system: You are a helpful assistant.
user:
Analyze the provided spectrum to determine if it is a **S-type Star**.

- **Key Indicators for S-type Star:**

    - **(Overall Spectrum Shape):** The first and most obvious characteristic is the overall continuum (the "baseline" shape). It is **extremely "red-sloping,"** meaning the flux (light intensity) is very low on the left side (blue, ~4000-4500 Å) and rises steeply and continuously toward the right side (red, ~7000 Å+).

    - **(Primary):** The spectrum is defined by the presence of strong, broad molecular absorption "valleys" (bands) from **Zirconium Oxide (ZrO)**. The identification of these bands is the **primary requirement** for classifying a star as S-type.
        - **(Key Bandheads):** You must find distinct, deep "dips" where the light has been absorbed. The most critical band systems to locate are:
            - **~6474 Å** ($\gamma$-system): This is often the strongest and clearest ZrO feature, found in the red part of the spectrum.
            - **~5718 Å** & **~5551 Å** ($\beta$-system): A pair of prominent absorption features in the yellow-orange part of the spectrum.
            - **~4640 Å** ($\alpha$-system): A key absorption band system in the blue-green region of the spectrum.

    - **(Secondary Confirmation):** The classification is strengthened by finding additional absorption bands from other related heavy element oxides, which are expected to be present alongside ZrO.
        - **(Key Bandheads):**
            - **Yttrium Oxide (YO):** Look for absorption dips near **~4800 Å** and **~6100 Å**.
            - **Lanthanum Oxide (LaO):** Additional absorption features, particularly in the red-orange part of the spectrum, are also characteristic.

    - **(Line Profile):** The combination of the steep red continuum and these numerous, deep molecular bands (ZrO, YO, etc.) gives the entire spectrum a very **"chopped-up"** or **"bumpy"** appearance. Instead of a smooth curve, the spectrum looks as though large, wide chunks of light have been "carved out" of it at the specific wavelengths listed above.

Think first, call **spectral_visualization_tool** if needed to examine features in detail, then provide your final answer. Your response must adhere to the following strict rules:
1.  **Overall Structure:** Your response must follow the format `<think>...</think> <tool_call>...</tool_call> (if a tool is used) <answer>...</answer>`.
2.  **Tool Usage Constraint:** You may only make **one** tool call per turn.
3.  **Final Answer Format:** In the `<answer>` tag, your conclusion must be inside a `\boxed{}` command (e.g., `\boxed{YES}` or `\boxed{NO}`), followed by your justification.

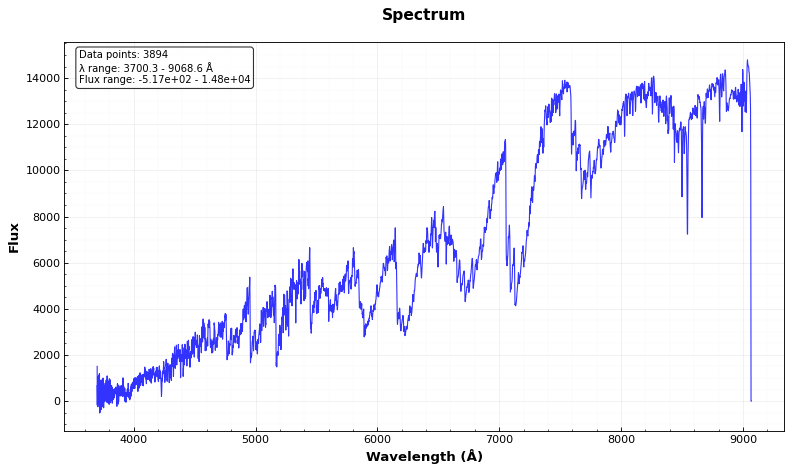
Answer: YES